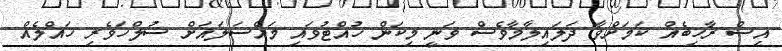
އިސް ރާހިބެއް ކަމަށްވާ ދަލައިލާމާވެސް ވަނީ މިކަން ހުއްޓުވައި މައްސަލައަށް ސުލްހަވެރި ހައްލެއް